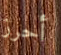
أحرز